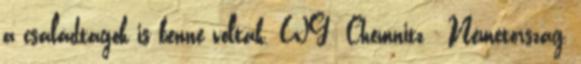
a családtagok is benne voltak. WG: Chemnitz - Németország,